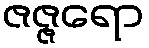
ဇဇ္ဇရော